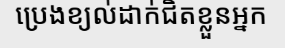
ប្រេងខ្យល់ដាក់ជិតខ្លួនអ្នក